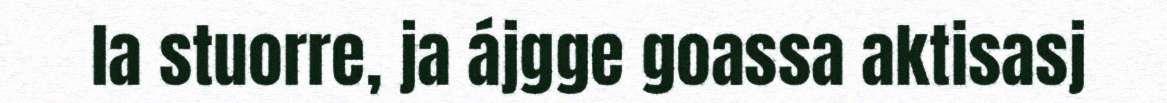
la stuorre, ja ájgge goassa aktisasj